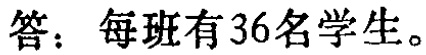
答：每班有36名学生。